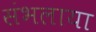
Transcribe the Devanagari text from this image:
संभलाया